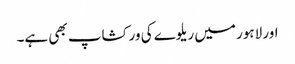
اور لاہور میں ریلوے کی ورکشاپ بھی ہے۔